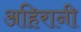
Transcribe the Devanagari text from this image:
अहिरानी